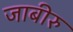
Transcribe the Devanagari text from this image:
जाबीरु